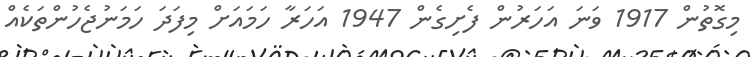
މިގޮތުން 1917 ވަނަ އަހަރުން ފެށިގެން 1947 އަހަރާ ހަމައަށް މިފަދަ ހަމަނުޖެހުންތަކެއް